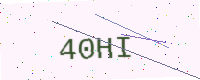
Text: 40HI